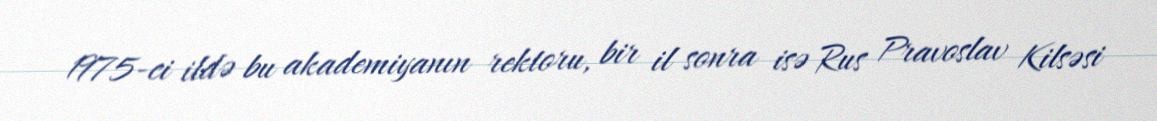
1975-ci ildə bu akademiyanın rektoru, bir il sonra isə Rus Pravoslav Kilsəsi